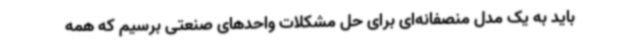
باید به یک مدل منصفانه‌ای برای حل مشکلات واحدهای صنعتی برسیم که همه